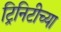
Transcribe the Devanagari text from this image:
ट्रिनिटीच्या